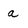
Character: a